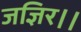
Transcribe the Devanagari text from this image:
जज्ञिर।।